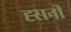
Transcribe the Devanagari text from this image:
ह्सनी